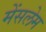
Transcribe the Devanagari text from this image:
मेंसलेम